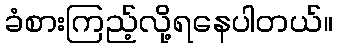
ခံစားကြည့်လို့ရနေပါတယ်။